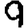
Digit: 9